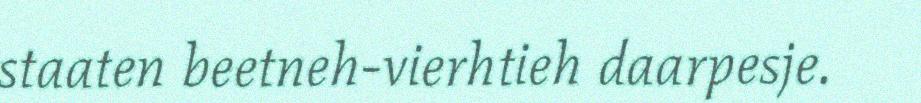
staaten beetneh-vierhtieh daarpesje.